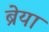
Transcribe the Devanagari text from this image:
ब्रेया